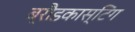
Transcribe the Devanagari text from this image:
ब्रौडकास्टिंग